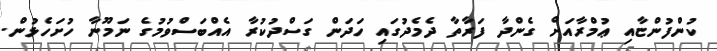
ކުންފުންޏާއި ޢުމްރާއަށް ގެންދާ ފަރާތާ ދެމެދުގައި ހަދަން ގަސްދުކުރާ އެއްބަސްވުމުގެ ނަމޫނާ ހުށަހެޅުން.